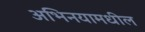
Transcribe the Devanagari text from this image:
अभिनयामधील